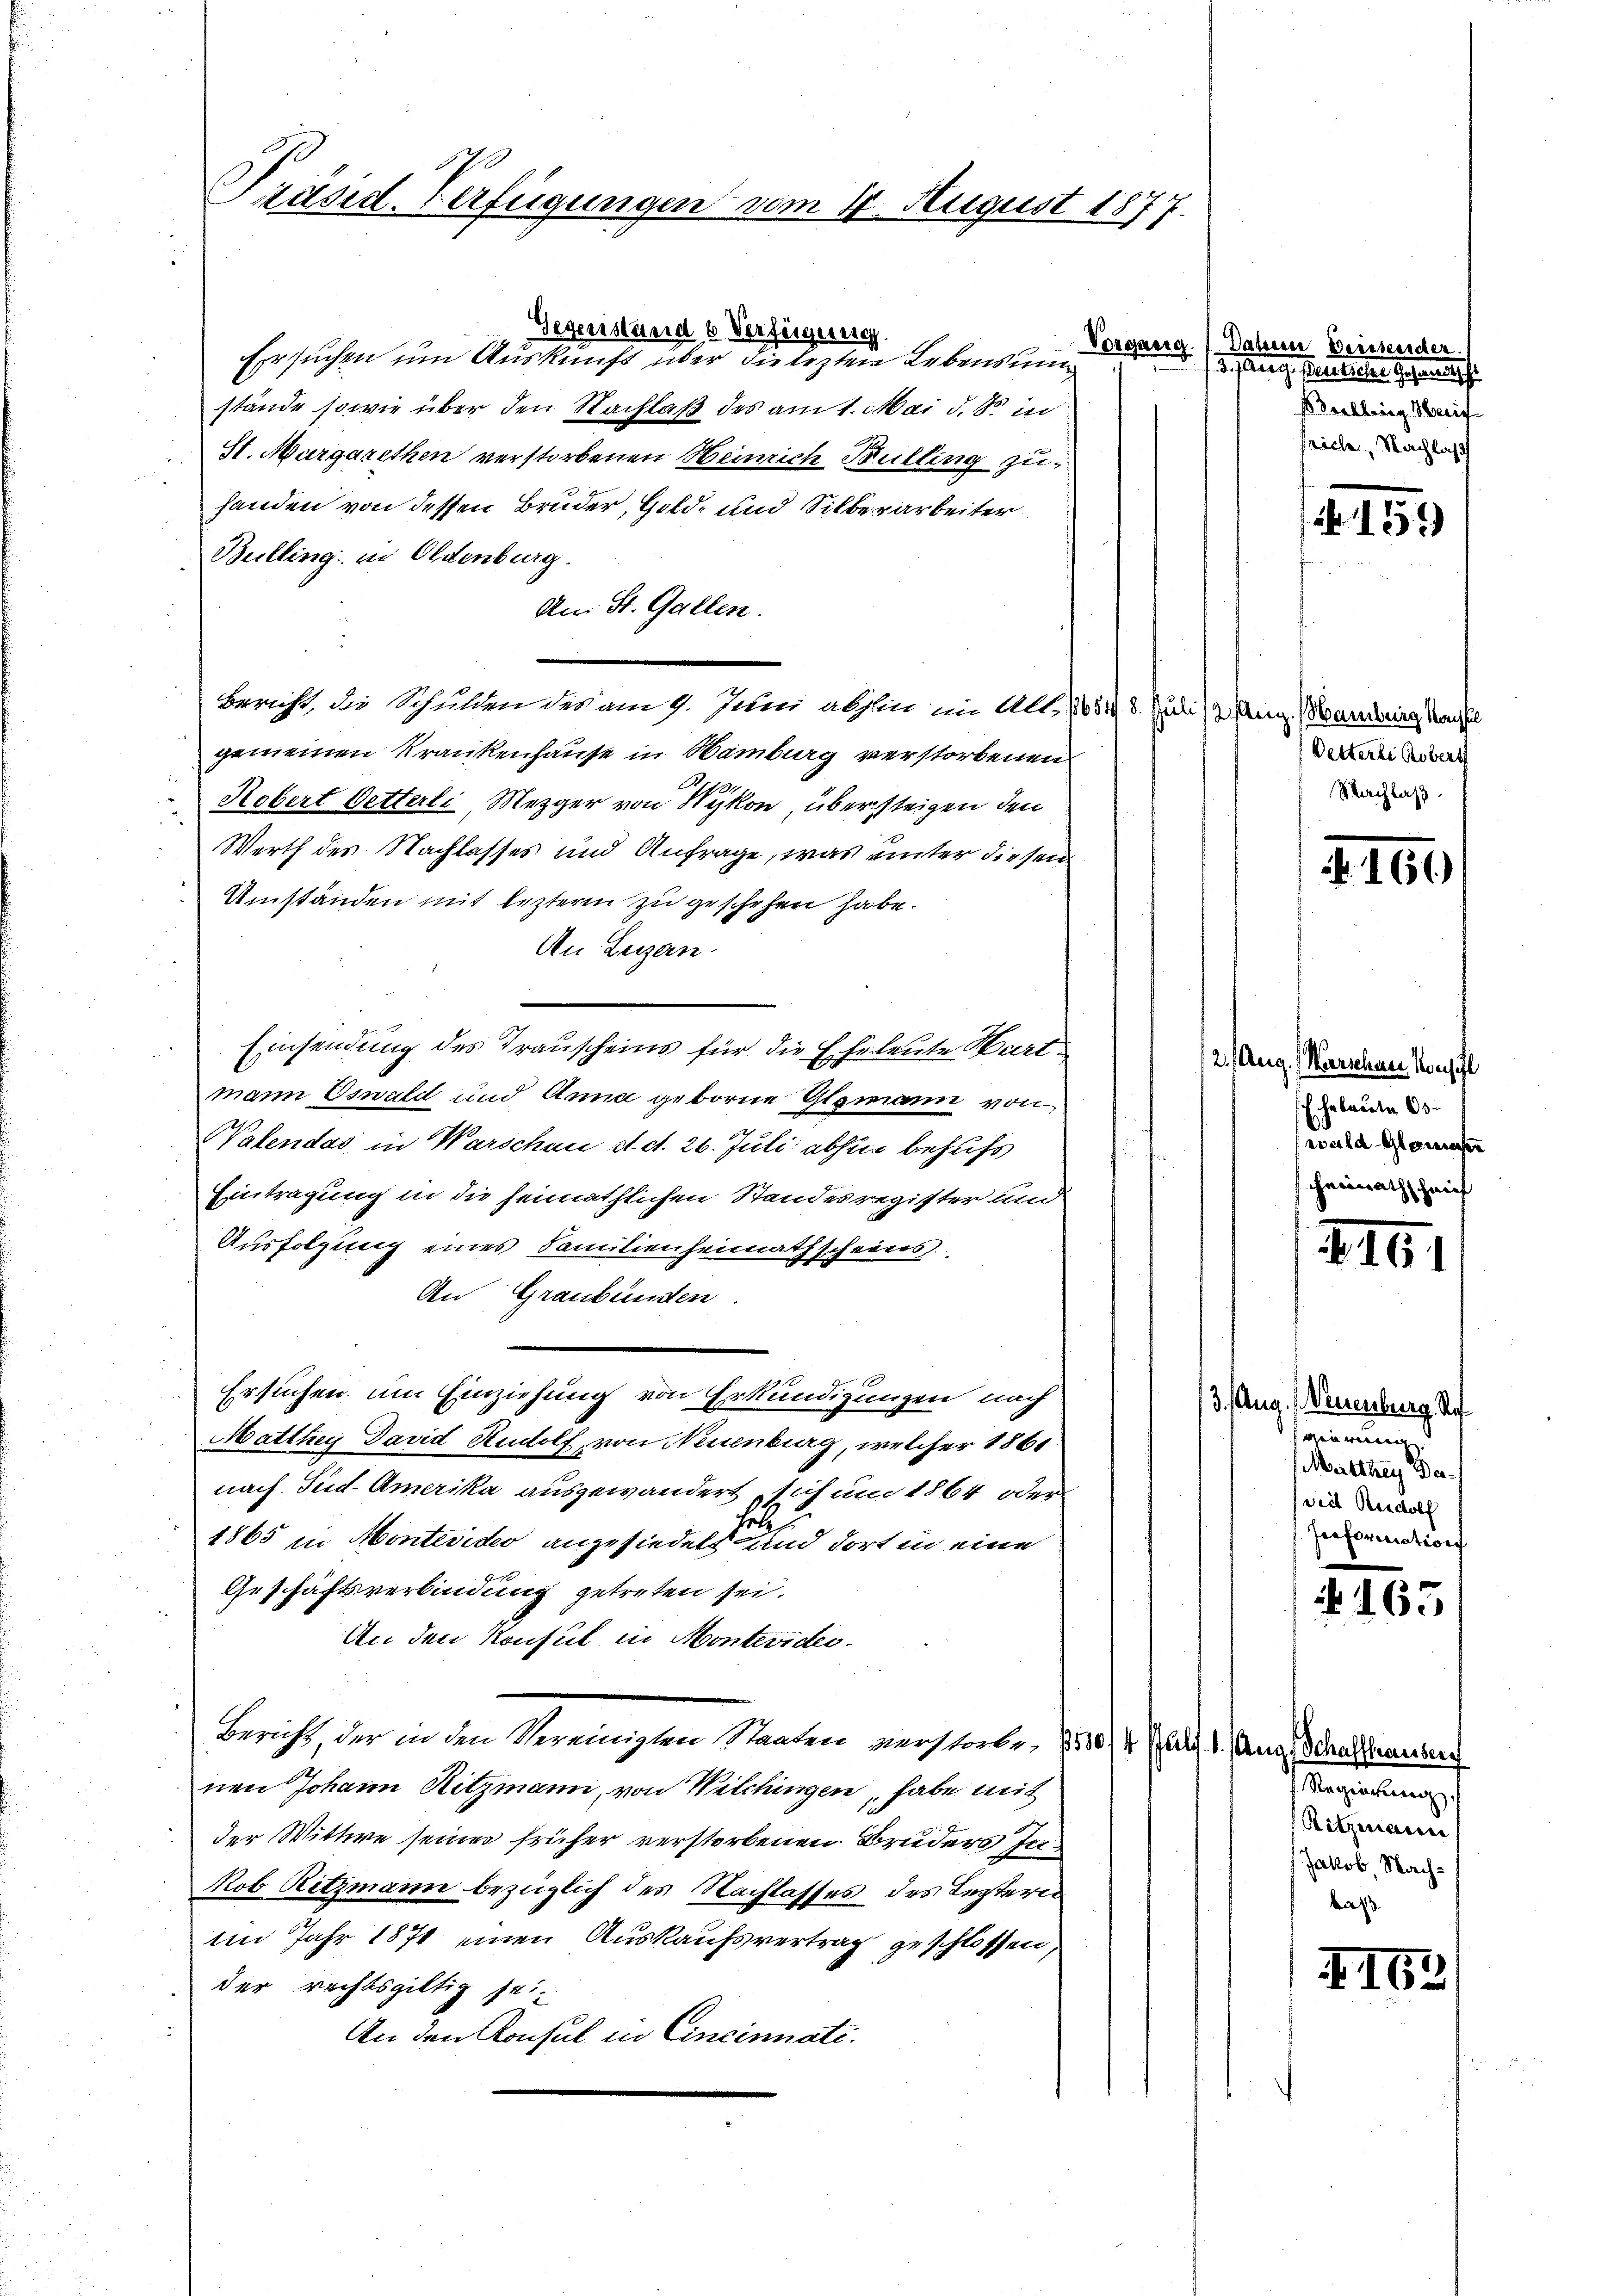
Präsid. Verfügungen vom 11. August 1877.

Vorgang
Ersuchen um Auskunft über die letzten Lebensung
stände sowie über den Nachlaß des am 1. Mai d. 8. in
St. Margarethen verstorbenen Heinrich Bulling zu
handen von dessen Bruder, Gold- und Silberarbeiter
Bulling in Oldenburg.
An St. Gallen.
gemeinen Krankenhause in Hamburg verstorbenen
Hobert Oetterli, Mezger von Wykon, übersteigen den
Werth des Nachlasses und Anfrage, was unter diesen
Umständen mit lezterm zu geschehen habe.
An Lezzen.
Einsendung des Trauscheins für die Eheleute Bartmann Oswald und Anna geborne Glamann von
Valendas in Warschau d. d. 26. Juli abhin behufs
Eintragung in die heimathlichen Standesregister und
Ausfolgung eines Familienheimathscheins
An Graubünsten.
Ersuchen um Einziehung von Erkundigungen nach
Matthey David Rudolf, von Neuenburg, welcher 1861
nach Süd-Amerika ausgewandert sich um 1864 oder
Fel
1865 in Montevideo anzusiedett und dort in eine
Geschäftsverbindung getreten sei.
An den Konsul in Montevides.
Bericht, der in den Vereinigten Staaten verstorbe, 1500/4 Jul. 1. Aug, Schaffhauser
nen Johann Hitzmann, von Wilchingen, habe mit
der Wittwe seines früher verstorbenen Bruders Ja¬
Nob Ritzmann bezüglich des Nachlasses des Lezteres
Im Jahr 1871 einen Auskaufsvertrag geschlossen,
der rechtsgültig sei
An den Konsul in Cincinnate.

Gegenstände Verfeigerung

Bericht, die Schulden des am 9. Juni abhin im Alt., 1654 8. Juli (2. Aug. Mandering Nachl

. Daherer Diessender.
d. Planes. Elterliche Gesandtsche
s drehbring Beric
friche, Nachlas

Detterte Robert
Nachlass

159)

2. Aug. Warschen Konfl
 Hebräuter Os
wald Glasser
Heimath haif

166)

261

3. Aug., Neuenburg Rathasen werden
Matthey Da¬
(viel Rudolf
Preformation

163

Regierung
Ritzmann
Jakob, Nachkas

416.